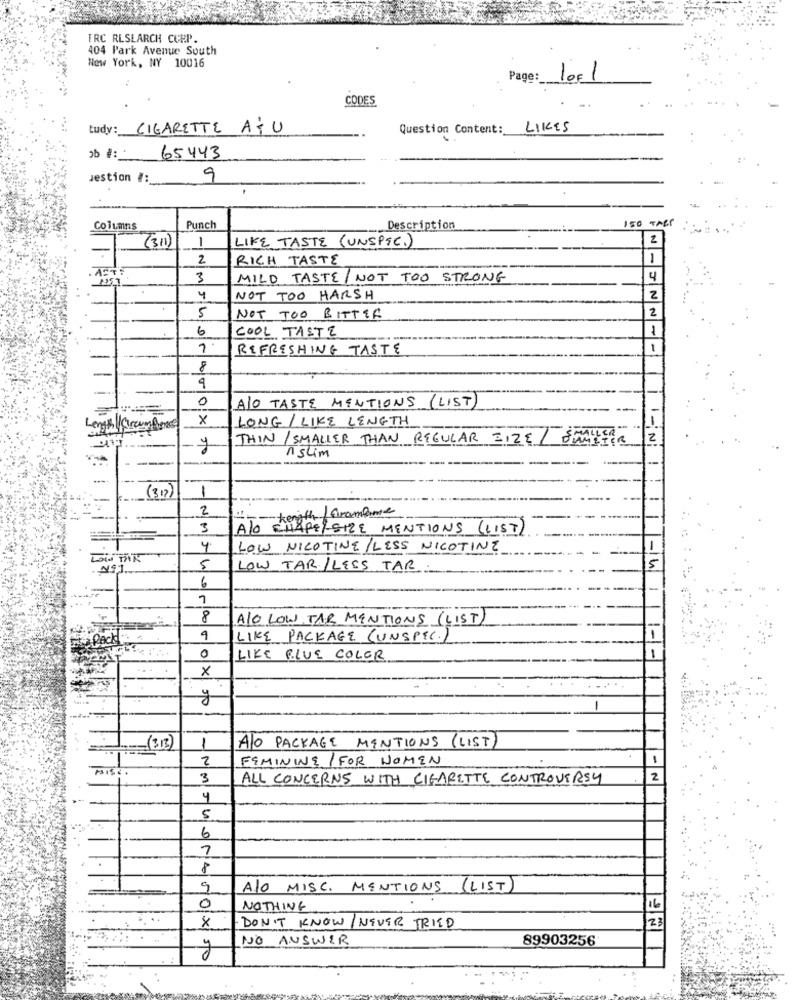
TRC RLSEARCH CURP.
404 Park Avenue South
New York, NY 10016
Page: 10F1
CODES
tudy: CIGARETTE AiU
Question Content:
LIKES
0 #:
65443
Jestion #:
9
150 TABS
Columns
Punch
Description
(311)
1
LIKE TASTE (UNSPSC.)
2
2
RICH TASTE
1
3
MILD TASTE/NOT TOO STRONG
4
-
4
NOT TOO HARSH
2
5
2
NOT TOO BITTER
6
COOL TASTE
7
REFRESHING TASTE
1
-
8
9
0
ALO TASTE MENTIONS (LIST)
x
LONG / LIKE LENGTH
THIN/ SMALLER THAN REGULAR EIZE / SAKTER
2
20
Aslim
(312)
1
--
2
Takength/ Gramme
3
ALO CHAPELSIZE MENTIONS (LIST)
4
LOW NICOTINE/ LESS NICOTINE
5
LOW TAR/LESS TAR:
-14
6
7
--
8
ALO LOW TAR MENTIONS (LIST)
PACK:
LIKE PACKAGE (UNSPEC.)
0
LIKE PLUE COLOR
×
y
1
(313)
1
ALO PACKAGE MENTIONS (LIST)
2
FEMININE /FOR WOMEN
PISO
3
ALL CONCERNS WITH CIGARETTE CONTROVERSY
2
4
5
6
7
8
9
AJO MISC. MENTIONS (LIST)
0
NOTHING
×
23
DON'T KNOW/ NEVER TRIED
NO ANSWER
89903256
0